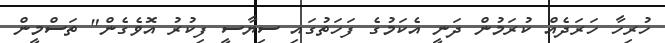
ހުރިހާ ހަރަދެއް ކުރަމުން ދަނީ އެކަމުގެ ފަހަތުގައި ސިޔާސީ ފިކުރު އޮވެގެން" ތަސްމީން